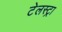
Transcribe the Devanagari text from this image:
टेलस्ट्रा